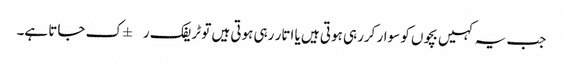
جب یہ کہیں بچوں کو سوار کررہی ہوتی ہیں یا اتار رہی ہوتی ہیں تو ٹریفک ر±ک جاتا ہے۔